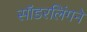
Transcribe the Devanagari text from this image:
सॉडरलिंगने